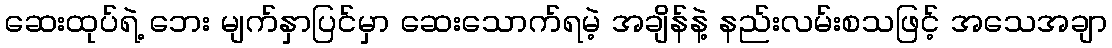
ဆေးထုပ်ရဲ့ ဘေး မျက်နှာပြင်မှာ ဆေးသောက်ရမဲ့ အချိန်နဲ့ နည်းလမ်းစသဖြင့် အသေအချာ